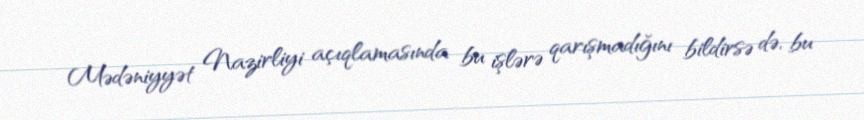
Mədəniyyət Nazirliyi açıqlamasında bu işlərə qarışmadığını bildirsə də, bu